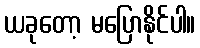
ယခုတော့ မပြောနိုင်ပါ။